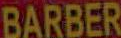
BARBER